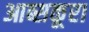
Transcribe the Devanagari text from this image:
आब्सकूरा